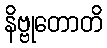
နိဗ္ဗုတောတိ